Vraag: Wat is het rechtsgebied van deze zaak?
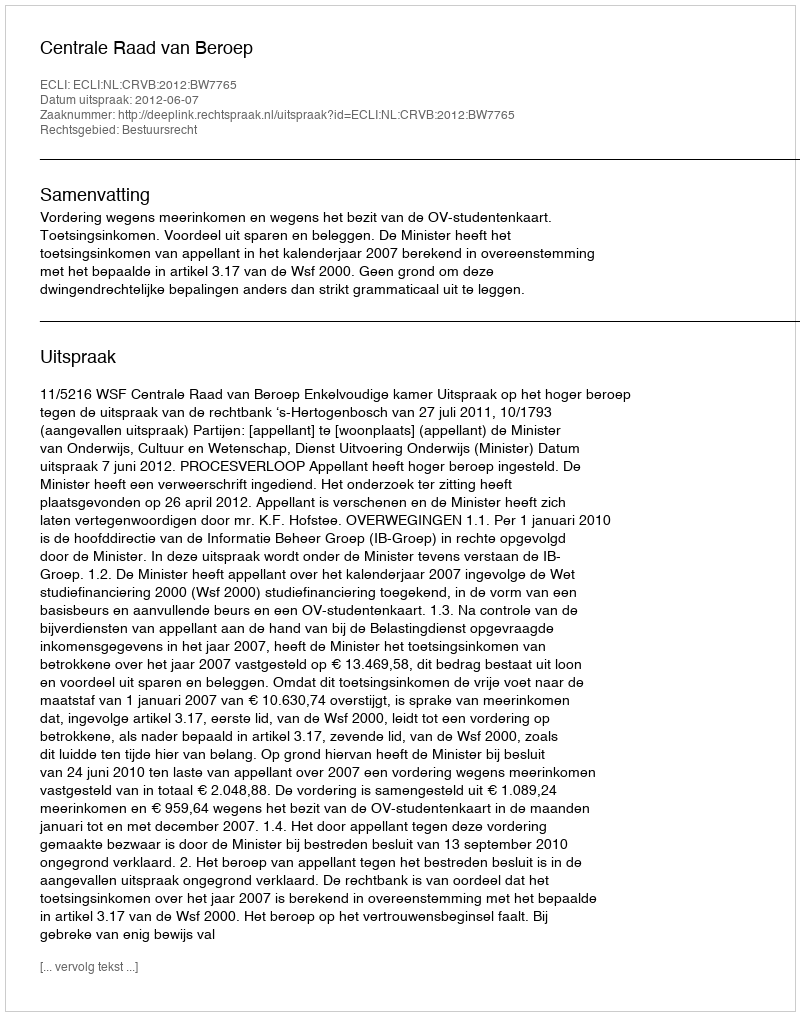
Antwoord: Bestuursrecht